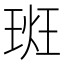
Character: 𪻮